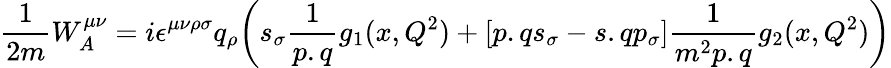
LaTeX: {\frac{1}{2m}}W_{A}^{\mu\nu}=i\epsilon^{\mu\nu\rho\sigma}q_{\rho}\biggl(s_{\sigma}{\frac{1}{p.q}}g_{1}(x,Q^{2})+[p.qs_{\sigma}-s.qp_{\sigma}]{\frac{1}{m^{2}p.q}}g_{2}(x,Q^{2})\biggr)